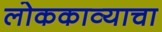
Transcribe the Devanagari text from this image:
लोककाव्याचा